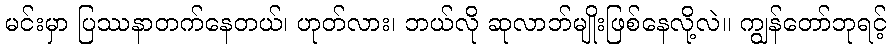
မင်းမှာ ပြဿနာတက်နေတယ်၊ ဟုတ်လား၊ ဘယ်လို ဆုလာဘ်မျိုးဖြစ်နေလို့လဲ။ ကျွန်တော်ဘုရင့်